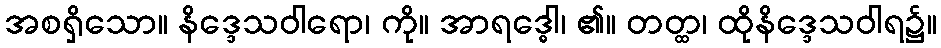
အစရှိသော။ နိဒ္ဒေသဝါရော၊ ကို။ အာရဒ္ဓေါ၊ ၏။ တတ္ထ၊ ထိုနိဒ္ဒေသဝါရ၌။